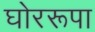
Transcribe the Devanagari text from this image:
घोररूपा